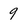
Character: 9